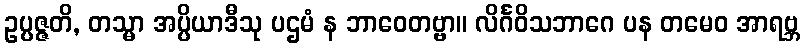
ဥပ္ပဇ္ဇတိ, တသ္မာ အပ္ပိယာဒီသု ပဌမံ န ဘာဝေတဗ္ဗာ။ လိင်္ဂဝိသဘာဂေ ပန တမေဝ အာရဗ္ဘ